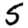
Digit: 5